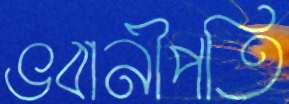
ভবানীপতি